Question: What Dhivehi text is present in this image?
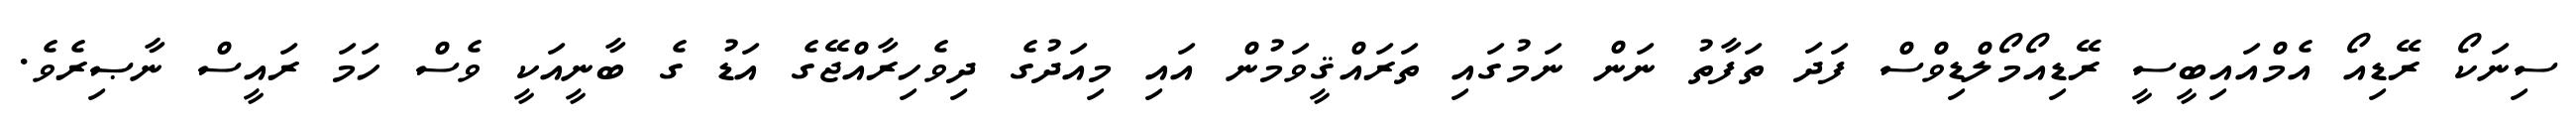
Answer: ސިނަކޯ ރޭޑިއޯ އެމްއައިބީސީ ރޭޑިއޯމޯލްޑިވްސް ފަދަ ތަފާތު ނަން ނަމުގައި ތަރައްޤީވަމުން އައި މިއަދުގެ ދިވެހިރާއްޖޭގެ އަޑު ގެ ބާނީއަކީ ވެސް ހަމަ ރައީސް ނާޞިރެވެ.